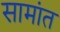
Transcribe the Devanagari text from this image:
सामांत